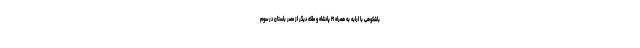
باشکوهی با ارابه به همراه ۲۱ پادشاه و ملکه دیگر از مصر باستان در سوم